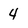
Character: 4